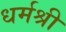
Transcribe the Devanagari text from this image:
धर्मश्री